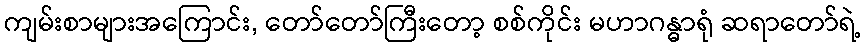
ကျမ်းစာများအကြောင်း, တော်တော်ကြီးတော့ စစ်ကိုင်း မဟာဂန္ဓာရုံ ဆရာတော်ရဲ့